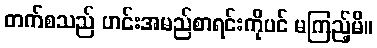
တက်စသည် ဟင်းအမည်စာရင်းကိုပင် မကြည့်မိ။